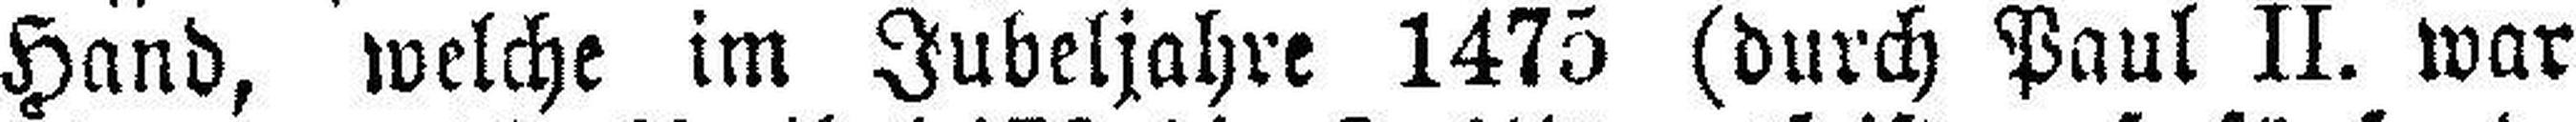
Hand, welche im Jubeljahre 1475 (durch Paul II. war